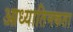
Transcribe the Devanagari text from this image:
आध्यातिमकता